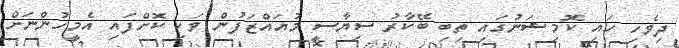
ދިވެހި ހައި ކޮމިޝަނުގައި ތިބި ބޭކާރު ސިޔާސީ މުއައްޒަފުން ވަކި ކޮށްފައި އެމީހުންނަށް